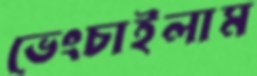
ভেংচাইলাম